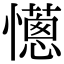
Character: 𢤄